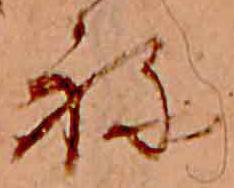
ね